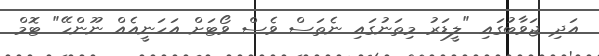
އަދި ޖަވާބުގައި "ލީޑަރު މިތަނުގައި ނެތަސް ވެސް ވޯޓަށް އަހަނީއެއް ނޫންހޭ" ޓޮމް